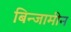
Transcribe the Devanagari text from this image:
बिन्जामीन